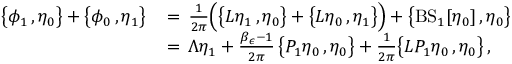
\begin{array} { r l } { \bigl \{ \phi _ { 1 } \, , \eta _ { 0 } \bigr \} + \bigl \{ \phi _ { 0 } \, , \eta _ { 1 } \bigr \} \, } & { = \, \frac { 1 } { 2 \pi } \Bigl ( \bigl \{ L \eta _ { 1 } \, , \eta _ { 0 } \bigr \} + \bigl \{ L \eta _ { 0 } \, , \eta _ { 1 } \bigr \} \Bigr ) + \bigl \{ \mathrm { B S } _ { 1 } [ \eta _ { 0 } ] \, , \eta _ { 0 } \bigr \} } \\ { \, } & { = \, \Lambda \eta _ { 1 } + \frac { \beta _ { \epsilon } - 1 } { 2 \pi } \, \bigl \{ P _ { 1 } \eta _ { 0 } \, , \eta _ { 0 } \bigr \} + \frac { 1 } { 2 \pi } \bigl \{ L P _ { 1 } \eta _ { 0 } \, , \eta _ { 0 } \bigr \} \, , } \end{array}